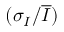
( \sigma _ { I } / \overline { { I } } )